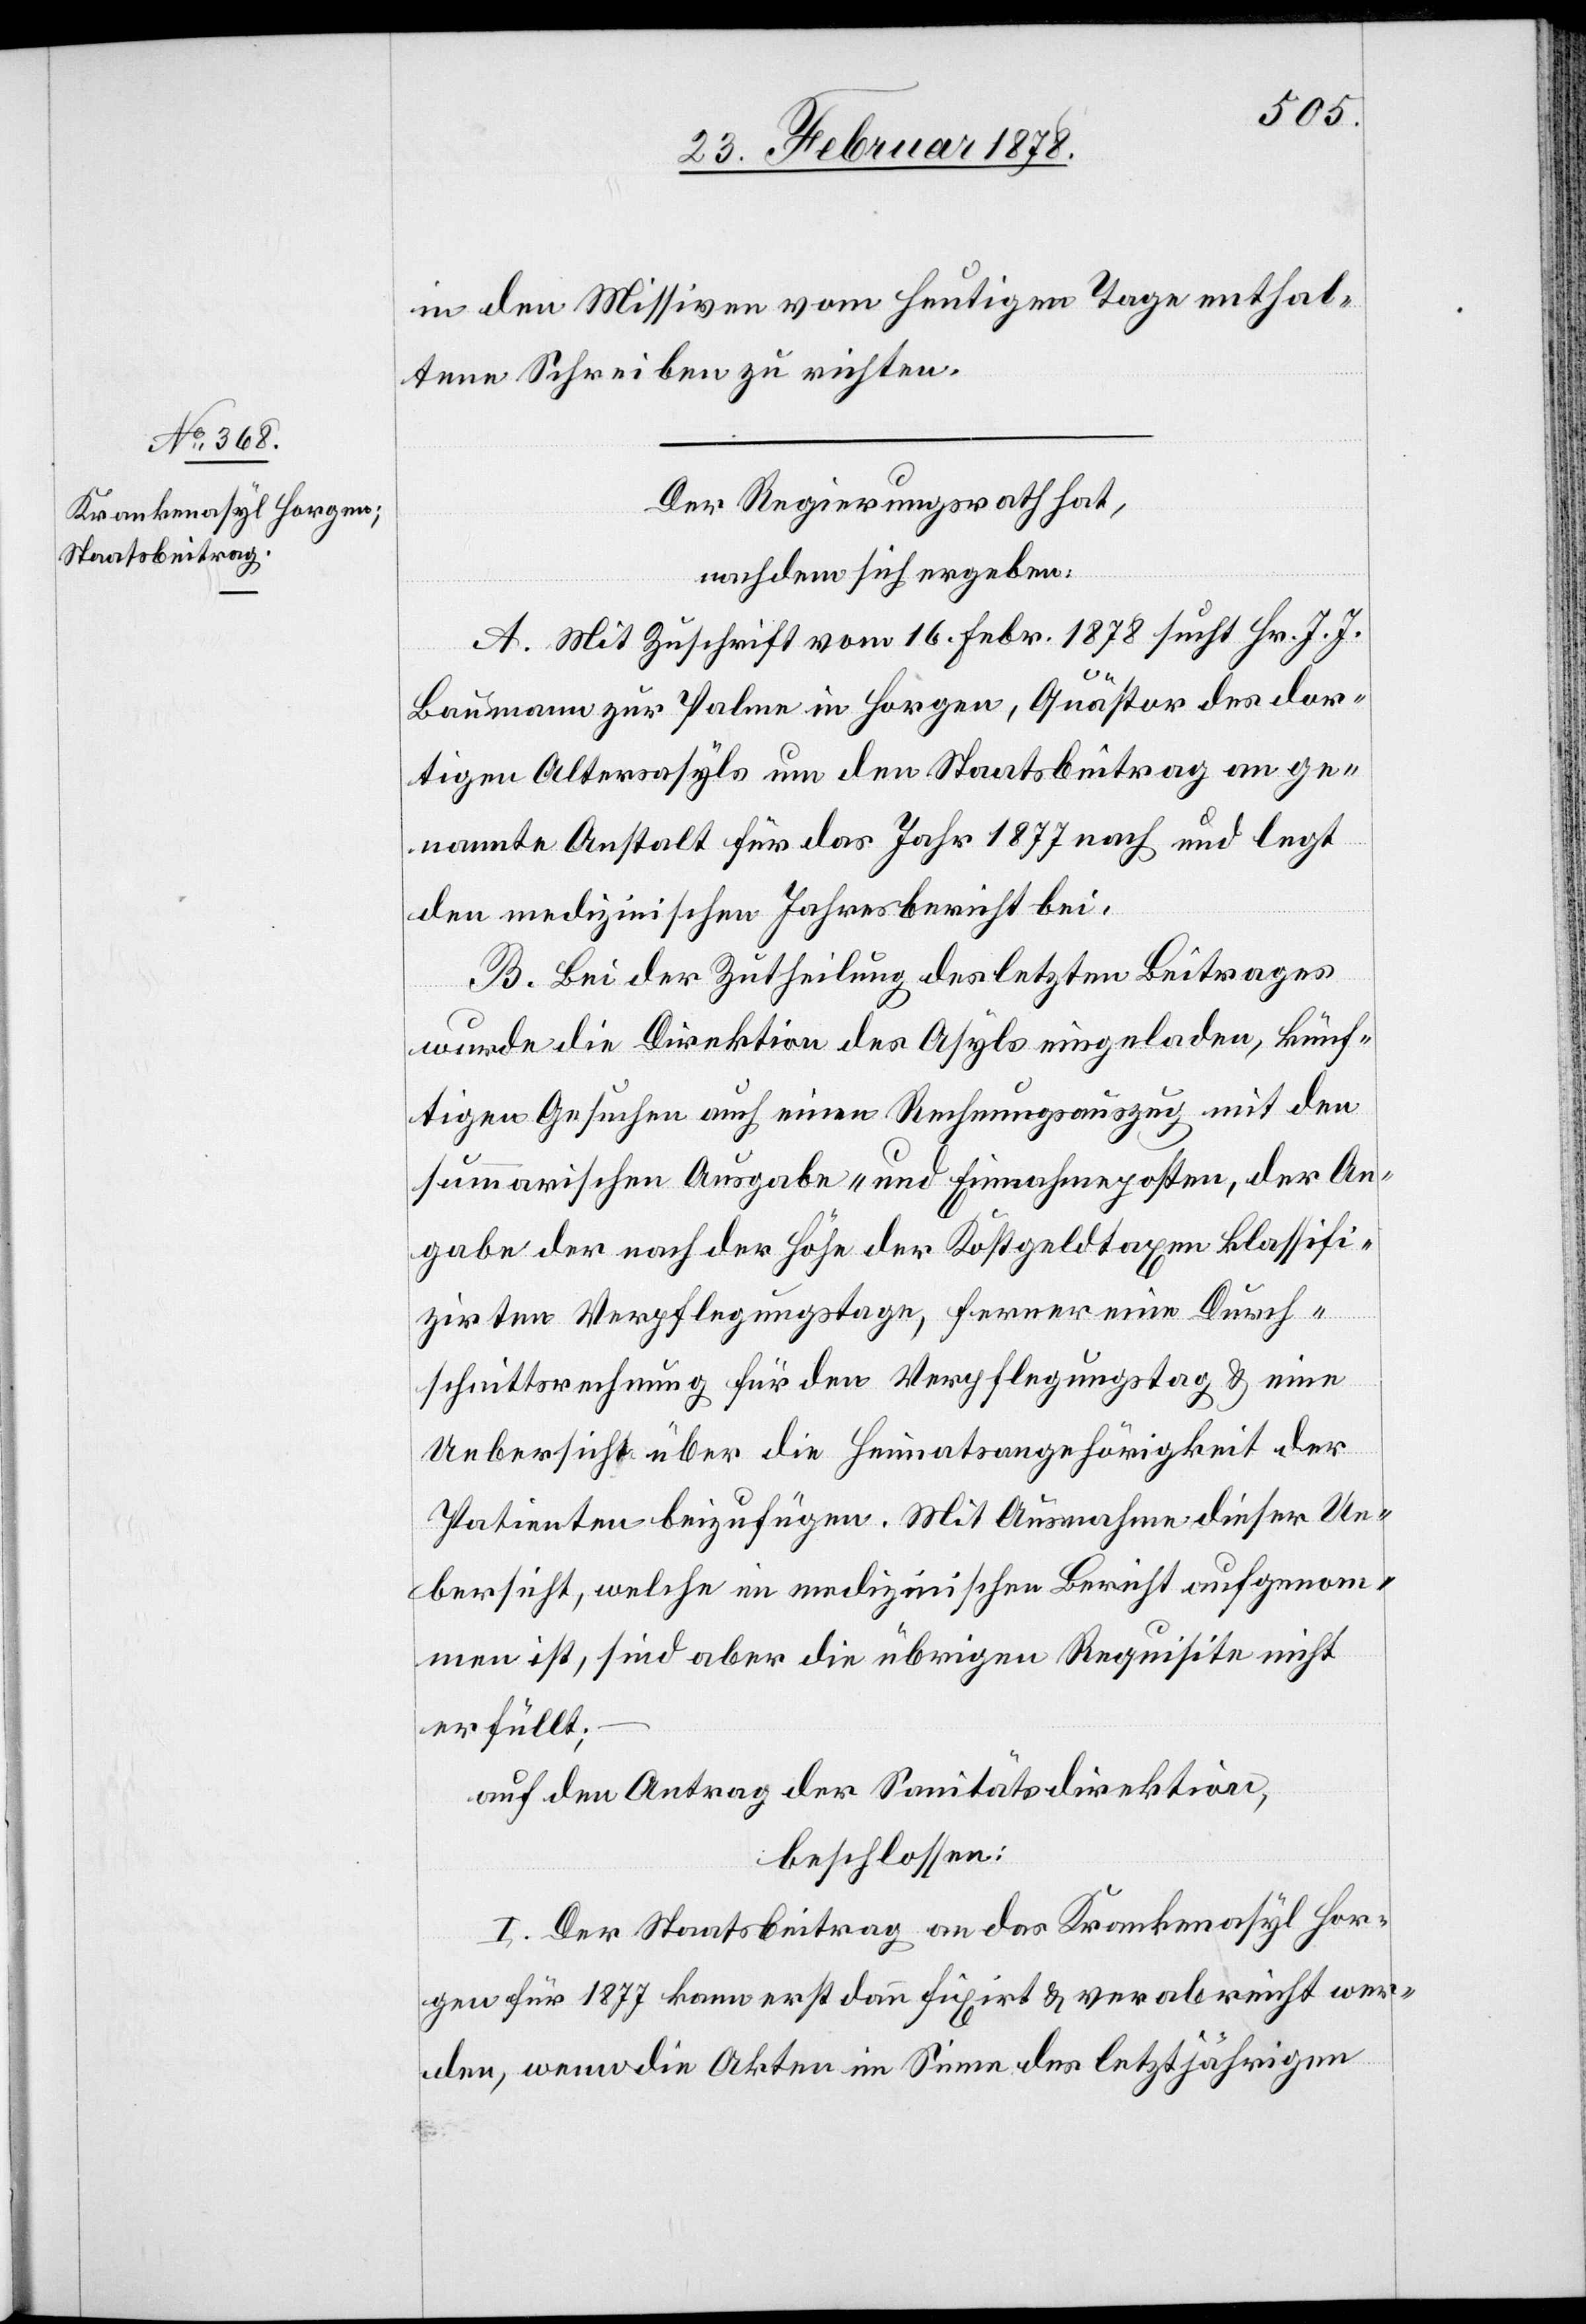
in den Missiven vom heutigen Tage enthal¬
tene Schreiben zu richten.
Der Regierungsrath hat,
nachdem sich ergeben:
A. Mit Zuschrift vom 16. Febr. 1878 sucht Hr. J. J.
Baumann zur Palme in Horgen, Quästor des dor¬
tigen Altersasyls um den Staatsbeitrag an ge¬
nannte Anstalt für das Jahr 1877 nach und legt
den medizinischen Jahresbericht bei.
B. Bei der Zutheilung des letzten Beitrages
wurde die Direktion des Asyls eingeladen, künf¬
tigen Gesuchen auch einen Rechnungsauszug mit den
summarischen Ausgabe- und Einnahmsposten, der An¬
gabe der nach der Höhe der Kostgeldtaxen klassifi¬
zirten Verpflegungstage, ferner eine Durch¬
schnittsrechnung für den Verpflegungstag & eine
Uebersicht über die Heimatsangehörigkeit der
Patienten beizufügen. Mit Ausnahme dieser Ue¬
bersicht, welche im medizinischen Bericht aufgenom¬
men ist, sind aber die übrigen Requisite nicht
erfüllt;
auf den Antrag der Sanitätsdirektion,
beschlossen:
I. Der Staatsbeitrag an das Krankenasyl Hor¬
gen für 1877 kann erst dann fixirt & verabreicht wer¬
den, wenn die Akten im Sinne des letztjährigen